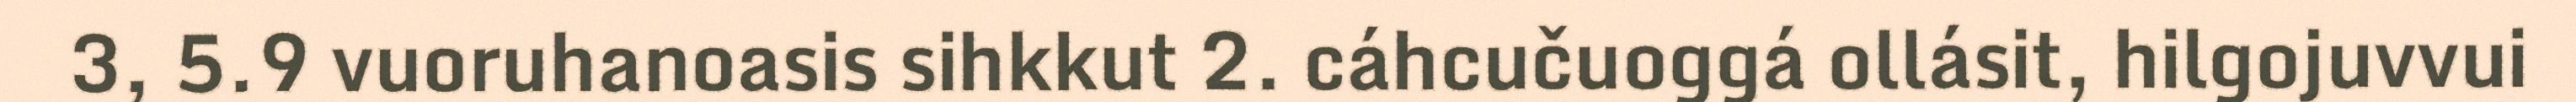
3, 5.9 vuoruhanoasis sihkkut 2. cáhcučuoggá ollásit, hilgojuvvui